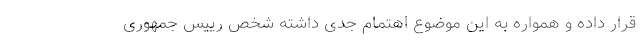
قرار داده و همواره به این موضوع اهتمام جدی داشته شخص رییس‌ جمهوری